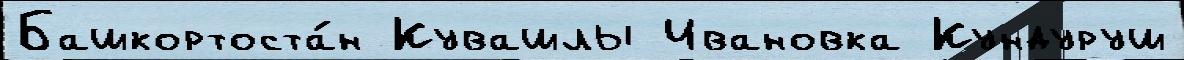
Башкортоста́н Кувашлы Ивановка Кундуруш